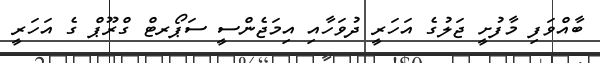
ބާއްވަފި މާފުށީ ޖަލުގެ އަހަރީ ދުވަހާއި އިމަޖެންސީ ސަޕޯރޓް ގްރޫޕް ގެ އަހަރީ